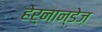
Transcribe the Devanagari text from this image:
हेर्नान्डेज़